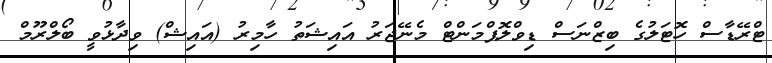
ޓްރޭޑާސް ހޮޓަލުގެ ބިޒްނަސް ޑިވްލޮޕްމަންޓް މެނޭޖަރު އައިޝަތު ހާމިރު (އައިޝް) ވިދާޅުވީ ބޯލްރޫމް